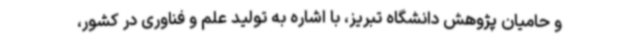
و حامیان پژوهش دانشگاه تبریز، با اشاره به تولید علم و فناوری در کشور،